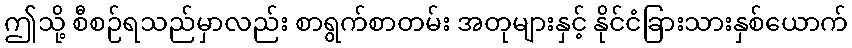
ဤသို့ စီစဉ်ရသည်မှာလည်း စာရွက်စာတမ်း အတုများနှင့် နိုင်ငံခြားသားနှစ်ယောက်